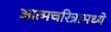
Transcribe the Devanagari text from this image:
आत्मचरित्रामध्ये